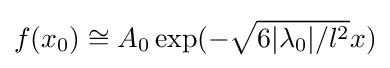
f(x_{0})\cong A_{0}\exp(-{\sqrt {6|\lambda _{0}|/l^{2}}}x)